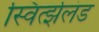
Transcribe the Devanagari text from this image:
स्विर्त्झलंड